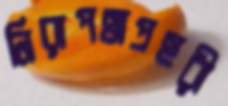
নিরাপত্তাপ্রহরী